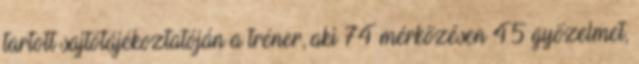
tartott sajtótájékoztatóján a tréner, aki 74 mérkőzésen 45 győzelmet,